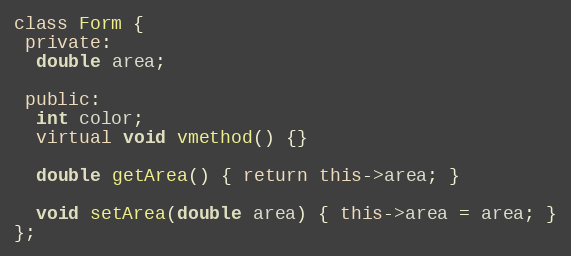
Language: C++
class Form {
 private:
  double area;

 public:
  int color;
  virtual void vmethod() {}

  double getArea() { return this->area; }

  void setArea(double area) { this->area = area; }
};